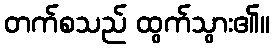
တက်စသည် ထွက်သွား၏။